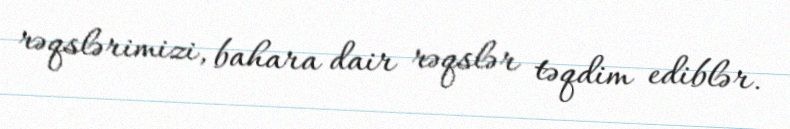
rəqslərimizi, bahara dair rəqslər təqdim ediblər.